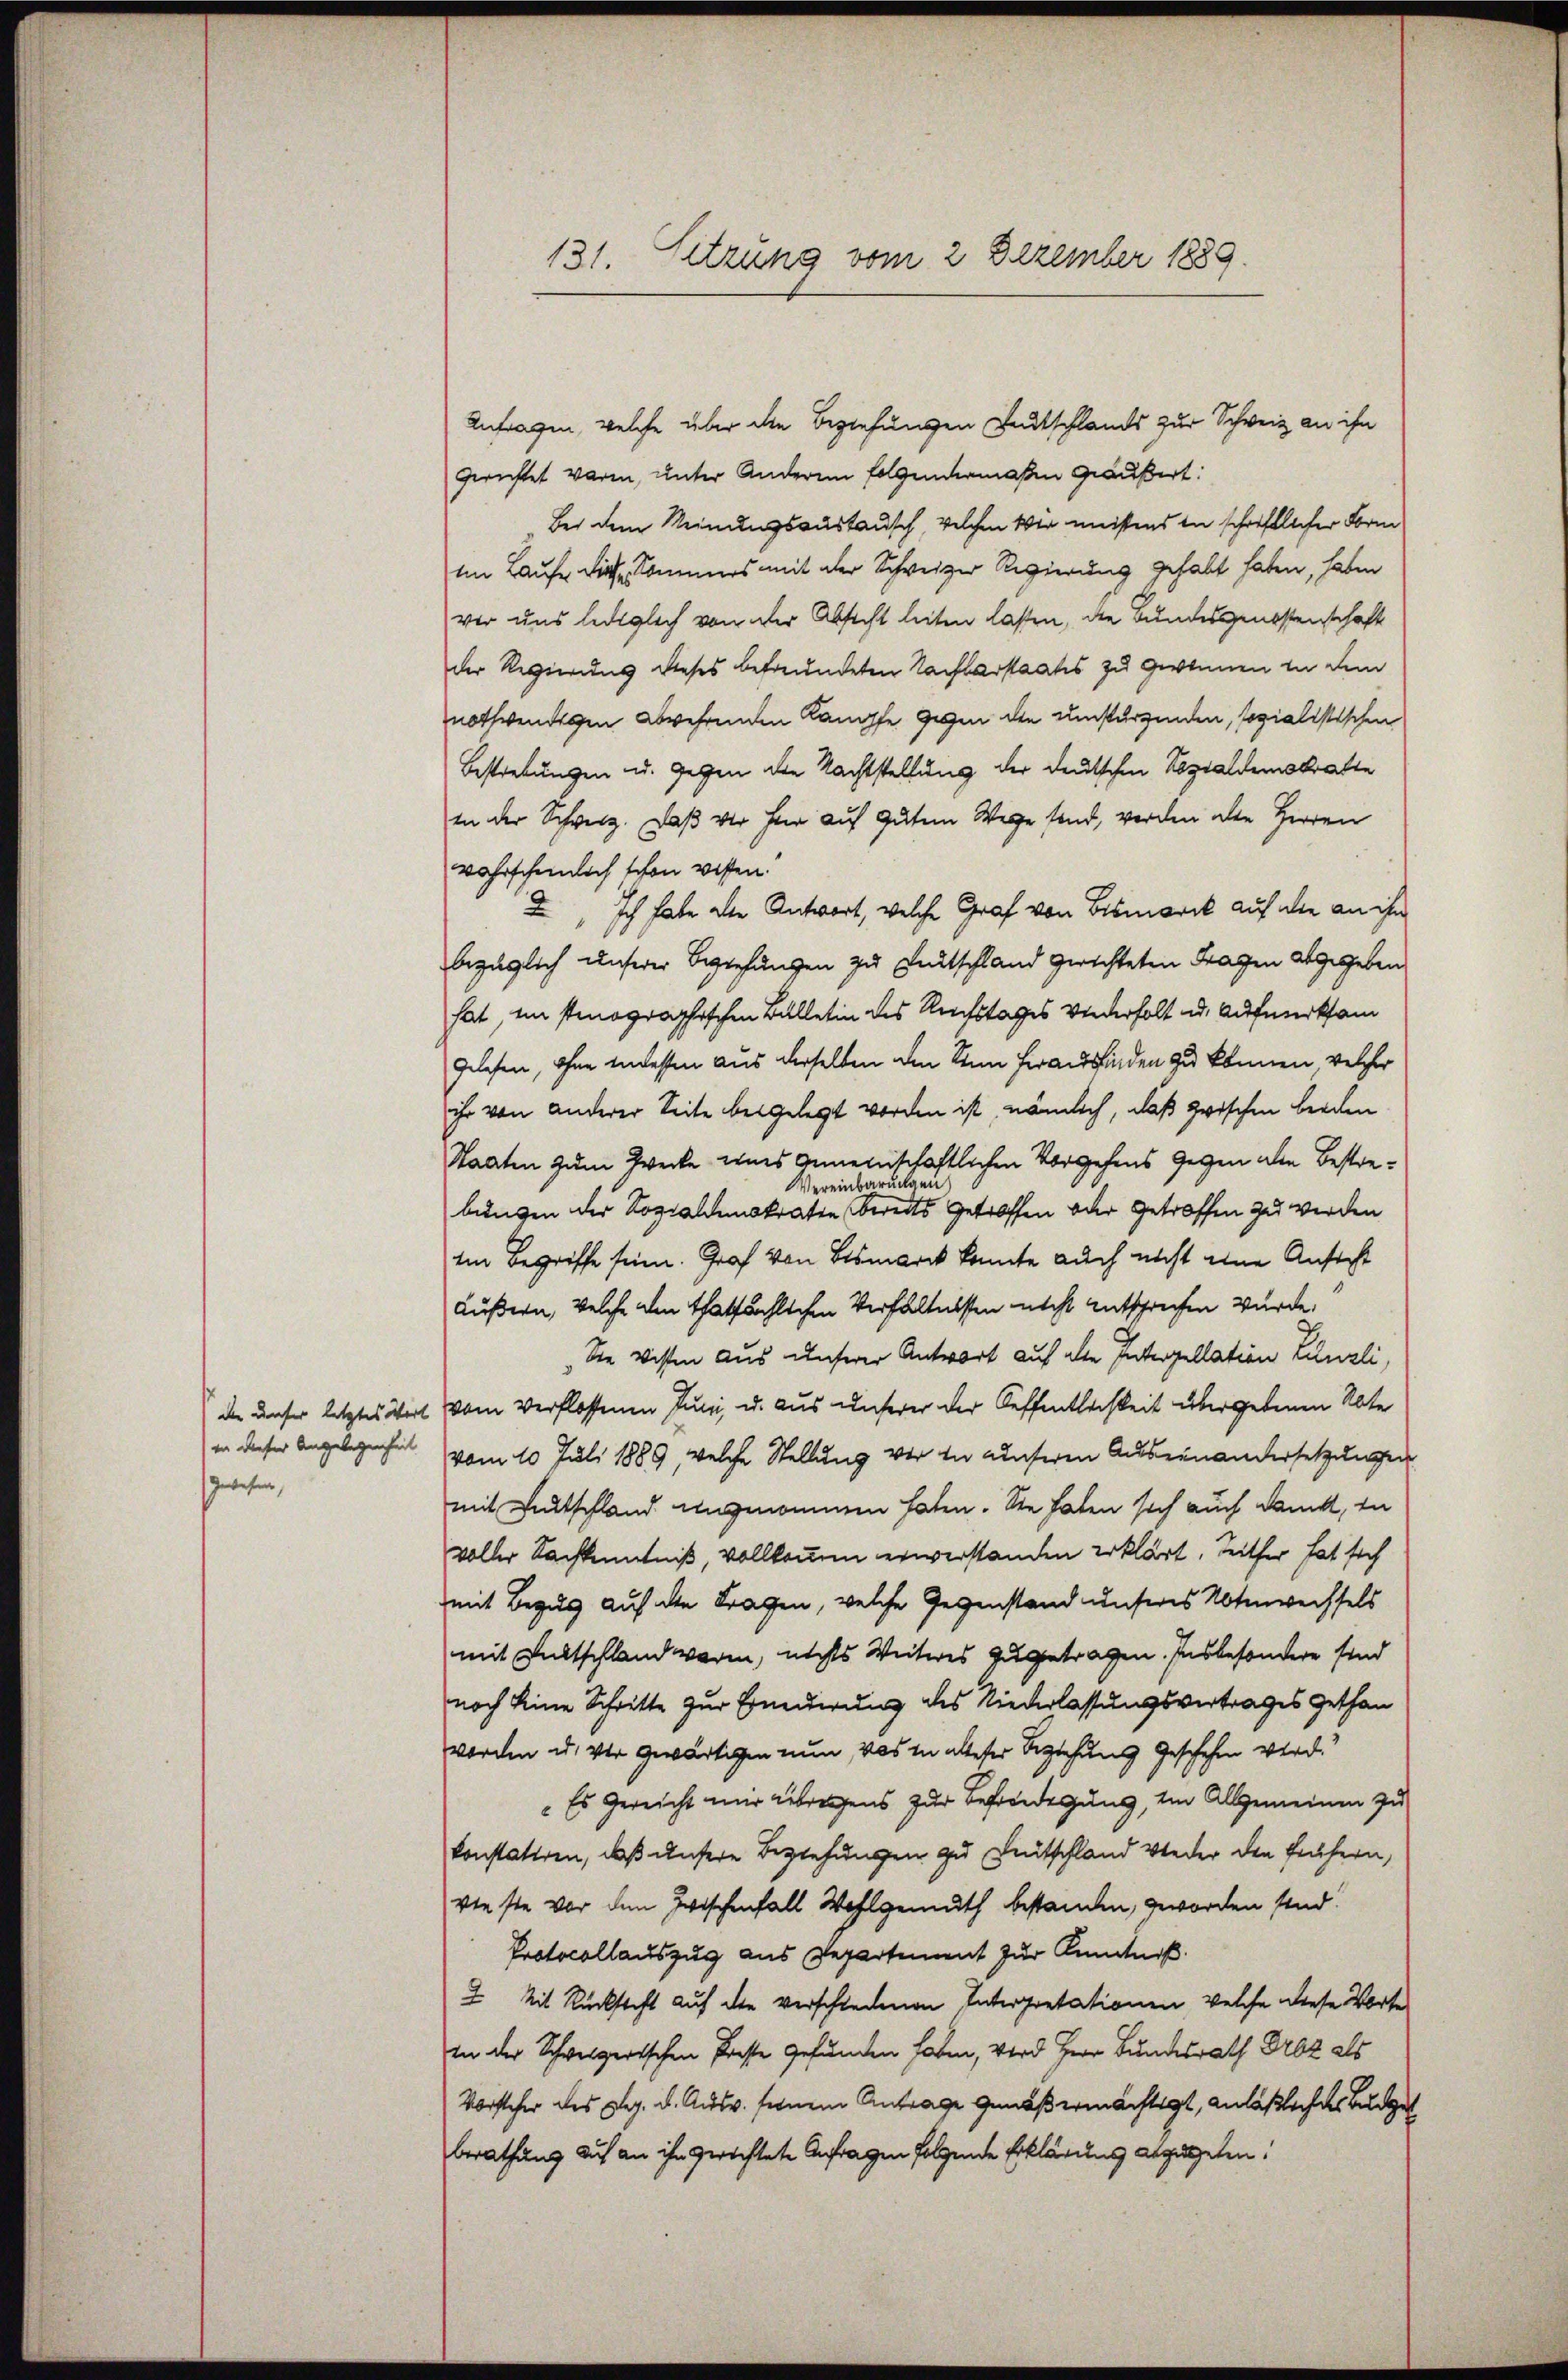
die unser letztes Wert
) in dieser Angelegenheit
swesen,

131. Sitzung vom 2 Dezember 1889.

Anfragen, welche über die Beziehungen Landtschlands zur Schweiz an ihn
gerichtet waren, unter Anderem folgendermaßen geäußert:
Bei dem Meinungsaustausch, welchen Wir meistens in schriftlicher Form
im Laufe die Kommers mit der Schweizer Regierung gehabt haben, haben
vor uns lediglich von der Absicht leiten lassen, die Bundesgenossenschaft
der Regierung dieses befreundeten Nachbarstaates zu gewonnen in dem
nothwendigen abwehrenden Kampfe gegen die umstürzenden, sozialistischen
Bestretungen u. gegen die Nachtstellung der deutschen Sozialdemokratte
in der Schweiz. Daß vor her auf gutem Wege sind, werden alte Herren
wahrscheinlich schon wissen.
2. Ich habe die Antwort, welche Graf von Bismarck auf die an ihm
bezüglich unserer Beziehungen zu Entschland gerichteten Fragen abgegeben,
hat, in stenographischen Balletin des Rechstages wiederholt u. Aufmerksam
gelesen, ohne indessen aus derselben den Sinn herausfinden zu können, welcher
ihr von anderer Seite beigelegt worden ist, nämlich, daß zwischen beiden
Staaten zum Zwecke eines Gemeinschaftlichen Vorgehens gegen aber Bestre¬
Vereinbarungen
bungen der Sozialdemokraten bereits getroffen oder Getroffen zu werden
Im Begriffe sein. Graf von Bismarck konnte auch nicht eine Ansicht
Äußern, welche den thatsächlichen Verhältnissen nicht entsprechen wurde.
Sie wisten aus unserer Antwort auf alte Interpellation Lunzli,
vom Verflossenen Juni, u. aus unserer der Oeffentlichkeit übergebenen Note
vom 10. Juli 1889, welche Stellung vor in unseren Auseinandersetzungen
mit Litschland ungenommen haten. Sie haben sich auch dankt, in
voller Nachkenntniß, vollkommen erwerstanden erklärt, Seither hat sich
mit Bezug auf die Fragen, welche Gegenstand unseres Notenwechsels
mit Kaltschland waren, nichts Weiteres zugetragen. Insbesondere sind
noch keine Schritte zur Enederung des Niederlassungsvertrages gethan
worden u. vor gewärtigen nun, was in alleser Beziehung geschehen wird.“
Es gereicht nur übrigens zur Befriedigung, im Allgemeinen zu
konstatiren, daß unsere Beziehungen zu Deutschland wieder den frühern,
vieste vor den Zwischenfall Wohlgemuth bestanden, geworden sind.
Protocollauszug aus Departement zur Kenntniß.
I Mit Rückstift auf die verschiedenen Interpretationen, welche diese Worte
in der Schweizerischen Proste gefunden haben, wird Herr Bundesrath Droz als
Vorsteher des Reg. d. Ausv. seinem Antrage genoßermächtigt, anläßliches Budget
Berathung auf an ihn gerichtete Anfragen folgende Erklärung abgegeben.